Aleksander_Warma, lk 42
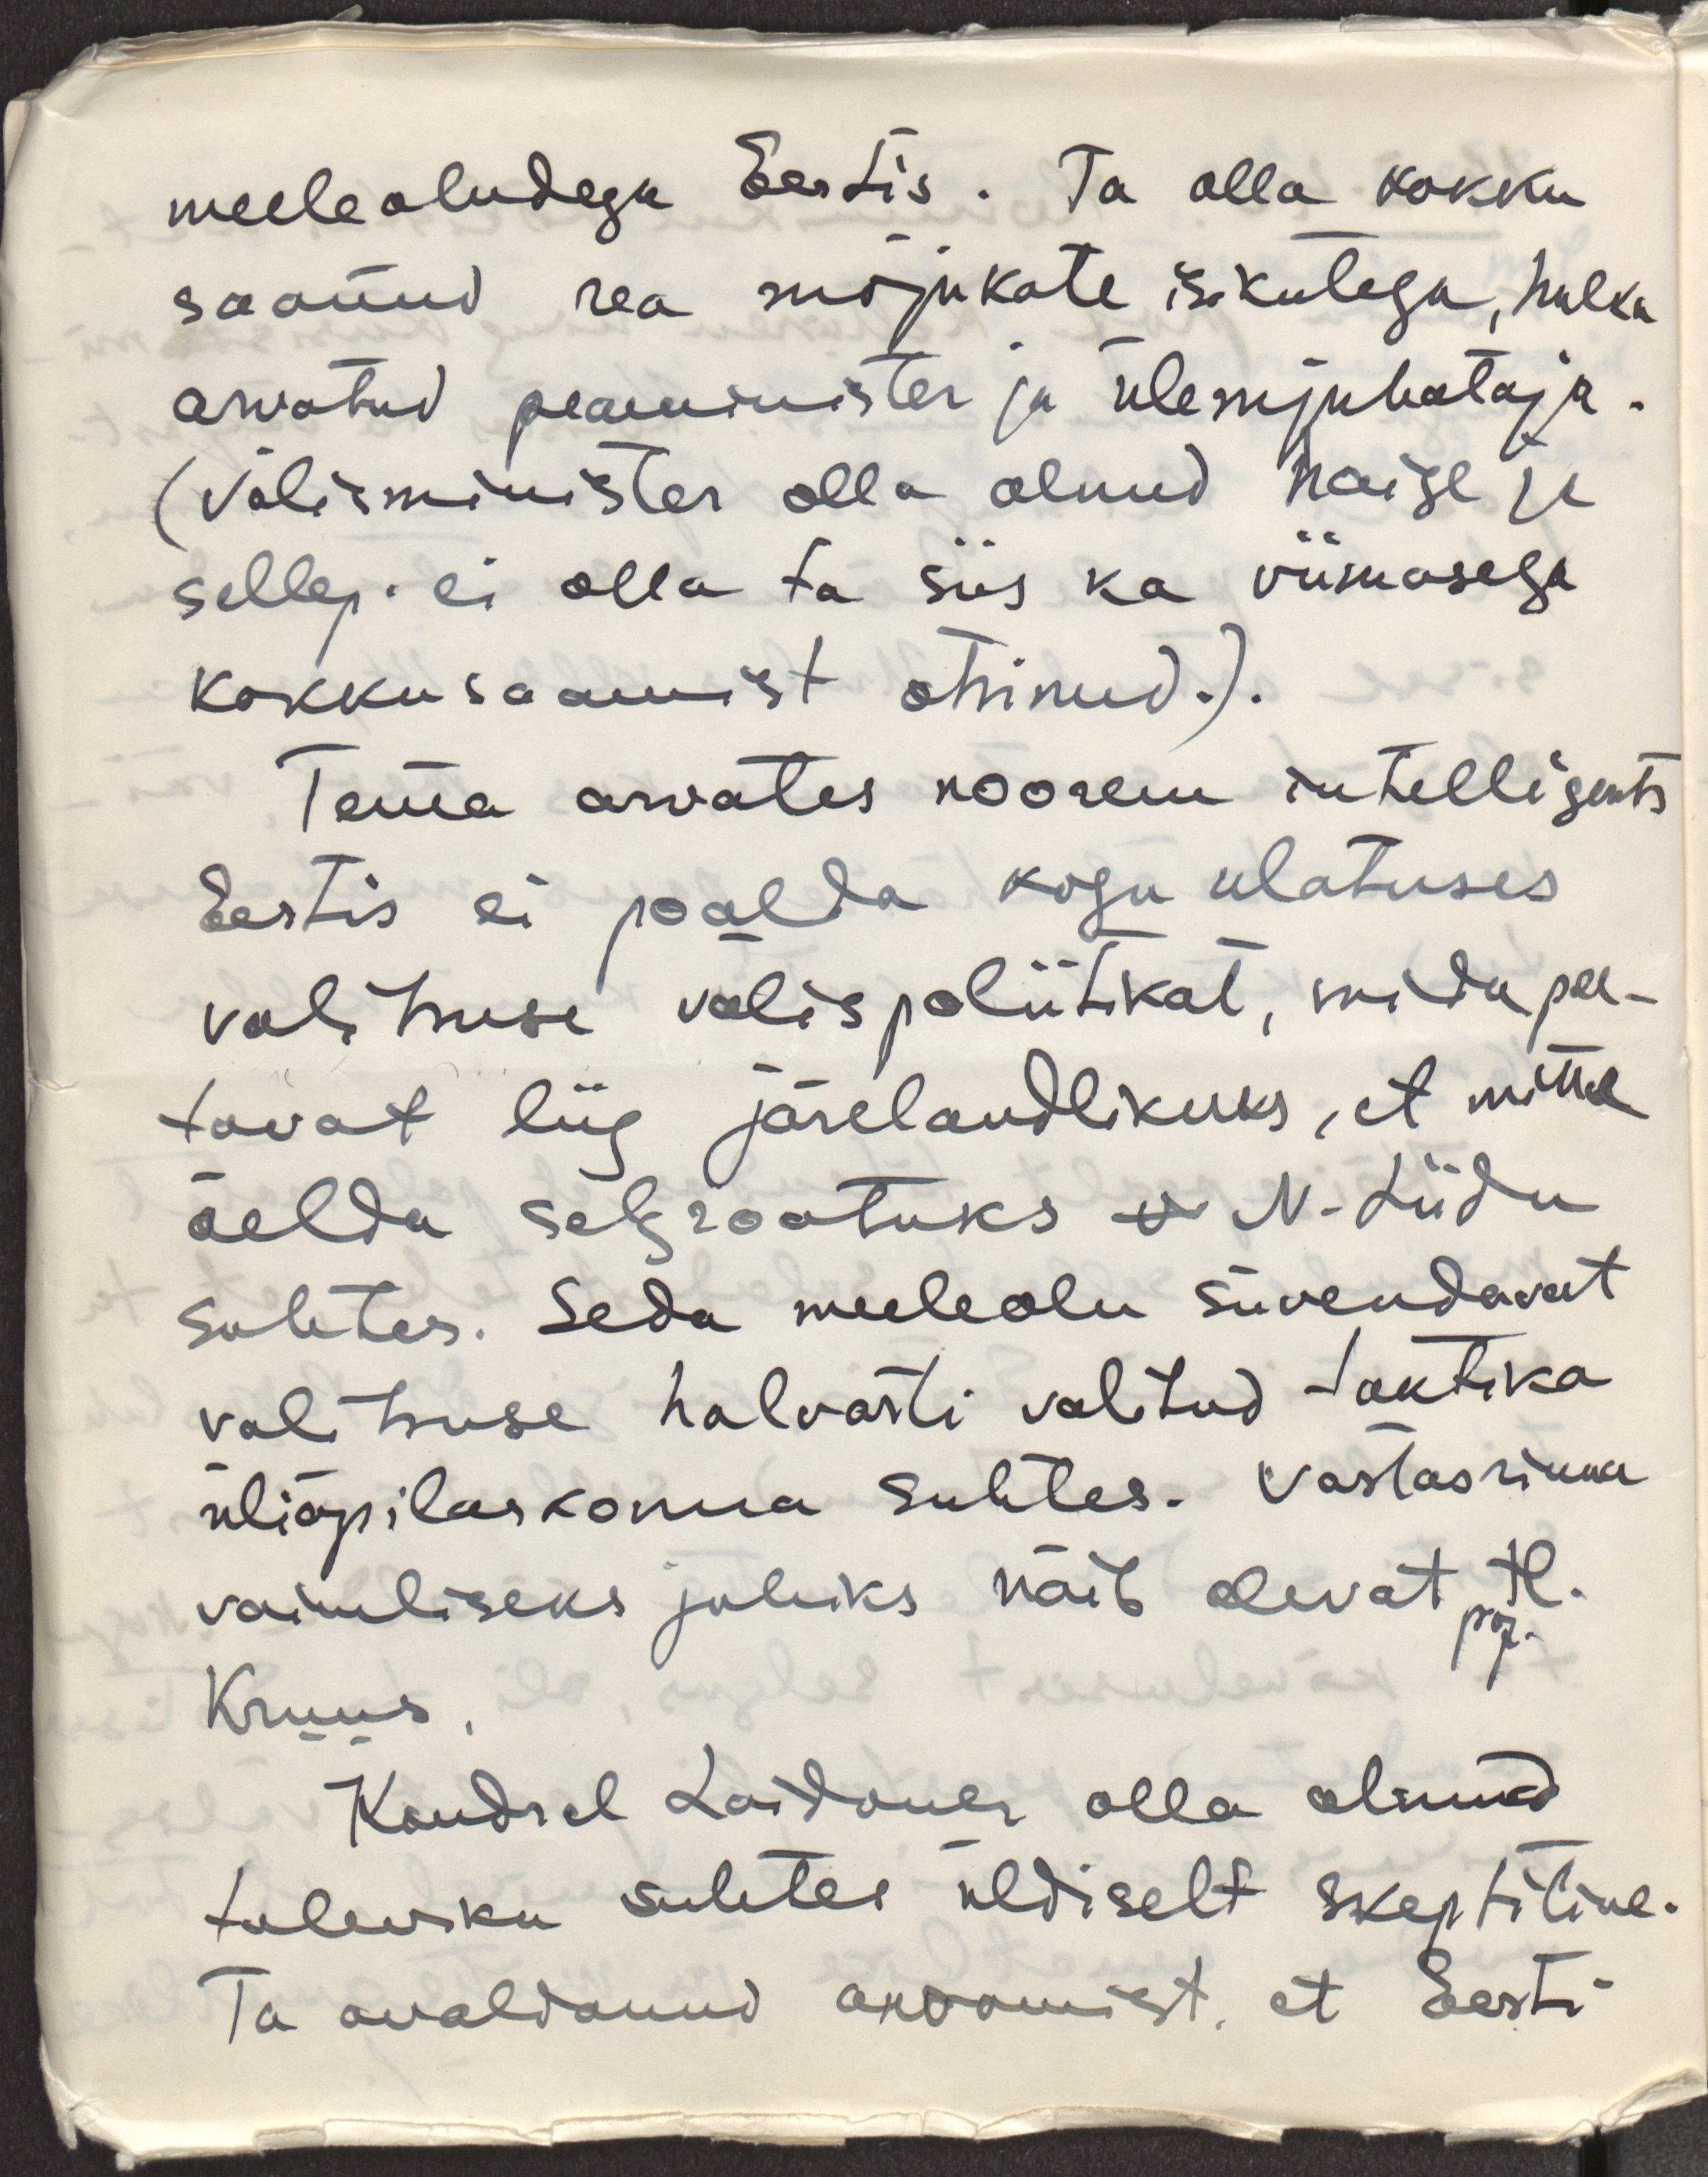
meeleoludega Eestis. Ta olla kokku
saanud rea mõjukate isikutega, hulka
arvatud peaminister ja ülemjuhataja.
(välisminister olla olnud haige ja
sellep. ei olla ta siis ka viimasega
kokkusaamist otsinud.).
Tema arvates noorem intelligents
Eestis ei poolda kogu ulatuses
valitsuse välispoliitikat, mida pee-
tavat liig järelandlikuks, et mitte
öelda selgrootuks N.Liidu
suhtes. Seda meeleolu süvendavat
valitsuse halvasti valitud taktika
üliõpilaskonna suhtes. Vastasrinna
vaimliseks juhiks näib olevat H. 
prof.
Kruus.
Kindral Laidoner olla olnud
tuleviku suhtes üldiselt skeptiline.
Ta avaldanud arvamust, et Eesti